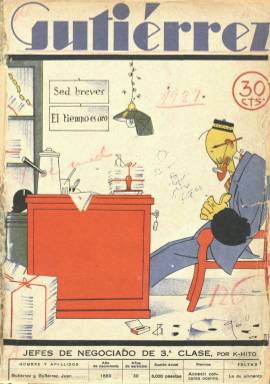
Título: Gutiérrez (Madrid)
Colección: Revistas satíricas y humorísticas
Ámbito geográfico: Madrid
Lugar de publicación: Madrid
Fechas: 07/05/1927-29/09/1934

Con un subtítulo sin mayor calado que el de “semanario español de humorismo”, aparece esta revista en la recta final de la dictadura de Primo de Rivera (1923-1930), el siete de mayo de 1927, alcanzando pronto un éxito extraordinario compitiendo con la otra gran revista humorística de la época –Buen humor (1921-1931)-,  con las que nace y se propaga un nuevo concepto del género humorístico, cuyos redactores y colaboradores integrarán lo que se ha denominado la “otra” generación del 27 o los “humoristas del 27”, como autores de un humor descomprometido en el que predominará la parodia y el absurdo y un arte gráfico renovador y vanguardista dirigido y consumido por las clases burguesas.

En su fundación intervienen el entonces empresario periodístico y propietario de Papelera Madrileña y los Talleres de Sucesores de Rivadeneyra Luis Montiel Balanzat (1884-1976), que será su editor y en cuya imprenta se estampará, y el polifacético Ricardo García López (1890-1984), un gran caricaturista de mentalidad muy conservadora y conocido como K-Hito, que será su director. Pata ello, K-Hito abandonará, junto a otros escritores festivos y artistas gráficos, la citada revista Buen humor para incorporarse a otra si cabe algo más satírica, pero asimismo alejada de la política y de cualquier trazo que exprese atrevimiento carnal y sexual. Aún así, Gutiérrez será multada pronto con mil pesetas y suspendida durante un mes, desde mediados de agosto de 1927, por unos versos alusivos al dictador escritos por un espontáneo colaborador.

Tanto Gómez Aparicio (1981) como López Ruiz (1995) y Cruz Seoane y Sáiz (1996) han calificado a sus redactores y colaboradores como los innovadores y revolucionarios del arte gráfico, de la historieta y el chiste, situándolos en el cénit de la edad de plata del humorismo gráfico español, en el que convergen, tanto como dibujantes como literatos, figuras como las de Miguel Mihura Santos (1905-1977), que utiliza los seudónimos Miguel Santos, El Conde Pepe y Lilo, o Antonio Lara Gavilán (1896-1978), conocido como Tono, y que previamente se habían iniciado asimismo en Buen humor y después participarán en la falangista La ametralladora (San Sebastián: 1937-1939), siendo después los artífices de La codorniz (1941-1978), la emblemática revista española de humor durante la dictadura franquista.

En entregas de una veintena de páginas, con solo la cubierta y contracubierta estampadas a cuatro tintas planas, tendrá un formato manejable, similar al de Buen humor, pero mientras el precio de esta  será de 40 céntimos, Gutiérrez venderá sus ejemplares a 30 céntimos, estando impresos además en un papel de mayor calidad, y alcanzando tiradas normales entre los 15.000 y los 20.000 ejemplares cada sábado. A partir del 24 de septiembre de 1932 (número 270), la altura de su formato experimentará un ligero cambio, pasando de 30 a 35 centímetros de alto. El domicilio de su redacción es el de la imprenta: el número 20 de la madrileña Cuesta de San Vicente.

Tanto la portada como la contraportada estarán ocupadas íntegramente por dibujos y caricaturas a color, que se las reservarán por lo general de K-Hito y Tono, respectivamente, aunque serán alternadas por las de otros dibujantes. Tendrá secciones como Los grandes poetas, A tiro de fusil (materiales fusilados de revistas extranjeras), Gutiérrez inventor, Letras y libros, Natalicios o Anuncios por palabras necias. Extenderá la novedad de los concursos, como los denominados Fotografías idiotas y Cartas de amor, para los que utiliza su segunda página. Incorpora secciones nuevas dedicadas a deportes, a la radio (Altavoz) o, incluso, dedicará espacio al público joven con una Página infantil o de literatura de este tipo, así como encuestas y hasta reportajes, y publicará folletones. K-Hito escribirá en una de sus primeras páginas un artículo semanal (con tipografía mecánica) con la firma del Jefe del Negociado de Incobrables de la Dirección General de Cuentas Atrasadas, y en la sección Balduque insertará brevísimos comentarios de actualidad. Incorpora asimismo la fotografía y el fotomontaje.

Entre los afamados escritores festivos y literatos del género que publican en sus páginas se encuentran Antonio Robles Soler (1897-1983), conocido como Antoniorrobles, que ya había colaborado en Buen humor y que tras la guerra se exiliará a México; Edgar Neville (1899-1967), que asimismo había colaborado en Buen humor y después lo hará en La ametralladora y La codorniz, o Enrique Jardiel Poncela (1901-1952), con su seudónimo Conde Enrico di Borsalino, que ya lo había utilizado en Buen humor, y que después colaborará también en La codorniz. Asimismo firmarán en sus páginas, entre otros, Antonio Barbero Núñez (1889-), Antonio G. Dalmau o Samuel Ros Pardo (1904-1945), que muy pronto formó parte de la “corte literaria” del falangista José Antonio Primo de Rivera (1903-1936).

Entre sus artistas gráficos, autores de sus dibujos, caricaturas, chistes o tiras cómicas procedentes de Buen humor se encuentran Joaquín Xaudaró Echauz (1872-1933), que usa el seudónimo Oraduax (su apellido al revés), Francisco López Rubio (1895-1965), Antonio Bellón Uriarte (1904-), Federico Galindo Lladó (1904-2000) o Antonio Orbegozo Urruela (1908-1995). Tanto Bellón, como Orbegozo y Lladó también colaborarán después en la revista satírica de la extrema derecha Gracia y justicia (1931-1936), y Lladó lo hará asimismo en La codorniz. También colabora el dramaturgo José López Rubio (1903-1996), entre otros muchos.

Muchos de sus colaboradores publicarán tanto dibujos como textos. Es el caso del ya citado Antoniorrobles, pero también de Roberto Robert, que utiliza el seudónimo X; Manuel Tovar Siles (1875-1935), que usa Don Hermógenes; Ángel Andrade Blázquez (1866-1932), o Felipe Márquez (188?-1928).

Otros dibujantes asiduos de sus páginas serán Antonio Jubera Juntas (1905-1973); Carlos Gómez Carrera (1903-1939), con el seudónimo Bluff; Manuel Humbert Esteve (1890-1974), con el de Isaías; Fernando Perdiguero Camps (1898-1970), con el de Menda, Hache y Don Fernando; y el dibujante gitano catalán Román Bonet i Sintes (1886-1967), que utiliza los seudónimos Bon y X. Rey; así como Raúl Aguirre Baquera, que con el seudónimo Rab (las iniciales de su nombre y dos apellidos), también colaborará más tarde en Gracia y justicia.

Durante el periodo republicano, la revista inició una segunda etapa en la que ya miró hacia cuestiones políticas y las caricaturas de políticos ocuparán muy a menudo sus portadas.

Mientras que Buen Humor (1921-1931) desaparecerá tras una década en publicación, apenas quedó constituida la II República Española, el número 374, correspondiente al 29 de septiembre de 1934, es el último de la colección de Gutiérrez en la Biblioteca Nacional de España, aunque algunas referencias señalan que pudo dejar de publicarse durante una huelga de tipógrafos, en noviembre de 1935, por lo que su vida pudo haberse extendido durante ocho años.